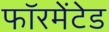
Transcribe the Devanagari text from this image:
फॉरमेंटेड